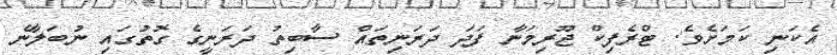
އެކަނި ކަމަށެވެ. ޓްރެފިކް ޖޫރިމަނާ ފަދަ ދަރަނިތައްް ސާބިތު ދަރަނީގެ ގޮތުގައި ނުބަލާނެ